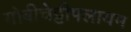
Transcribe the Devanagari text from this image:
गोबीचेट्टीपलायम